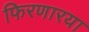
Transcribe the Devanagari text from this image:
फिरणारया